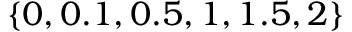
\{ 0 , 0 . 1 , 0 . 5 , 1 , 1 . 5 , 2 \}